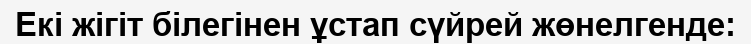
Екі жігіт білегінен ұстап сүйрей жөнелгенде: